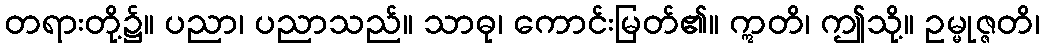
တရားတို့၌။ ပညာ၊ ပညာသည်။ သာဓု၊ ကောင်းမြတ်၏။ ဣတိ၊ ဤသို့။ ဥမ္မုဇ္ဇတိ၊